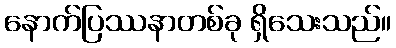
နောက်ပြဿနာတစ်ခု ရှိသေးသည်။